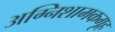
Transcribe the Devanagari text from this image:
अग्निशामकगृह